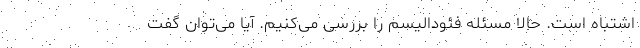
اشتباه است. حالا مسئله فئودالیسم را بررسی می‌کنیم. آیا می‌توان گفت